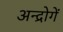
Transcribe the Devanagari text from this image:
अन्द्रोगें